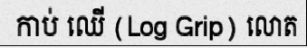
កាប់ ឈើ (Log Grip) លោត